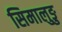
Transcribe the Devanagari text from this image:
सिमालुङु